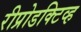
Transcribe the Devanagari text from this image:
रीप्रोडक्टिव्ह